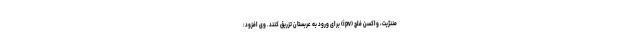
مننژیت، واکسن فلج (ipv) برای ورود به عربستان تزریق کنند. وی افزود: